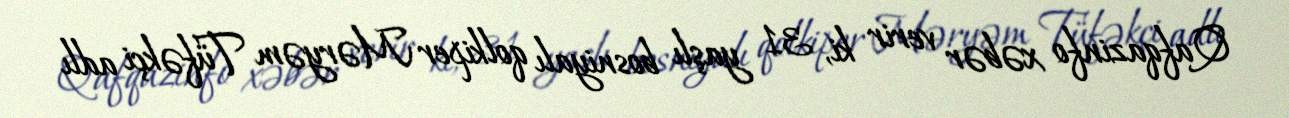
Qafqazinfo xəbər verir ki, 31 yaşlı bosniyalı qolkiper Məryəm Tüfəkçi adlı